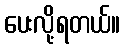
ပေးလို့ရတယ်။